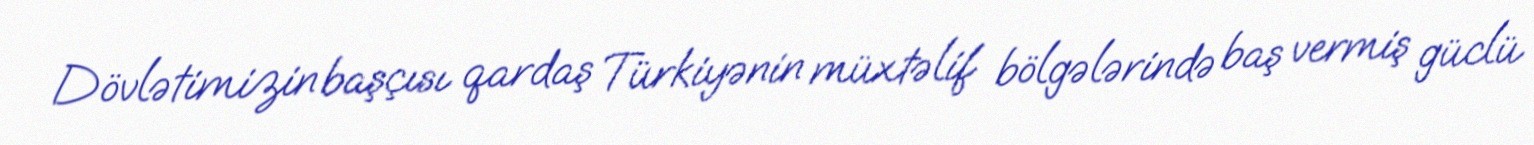
Dövlətimizin başçısı qardaş Türkiyənin müxtəlif bölgələrində baş vermiş güclü